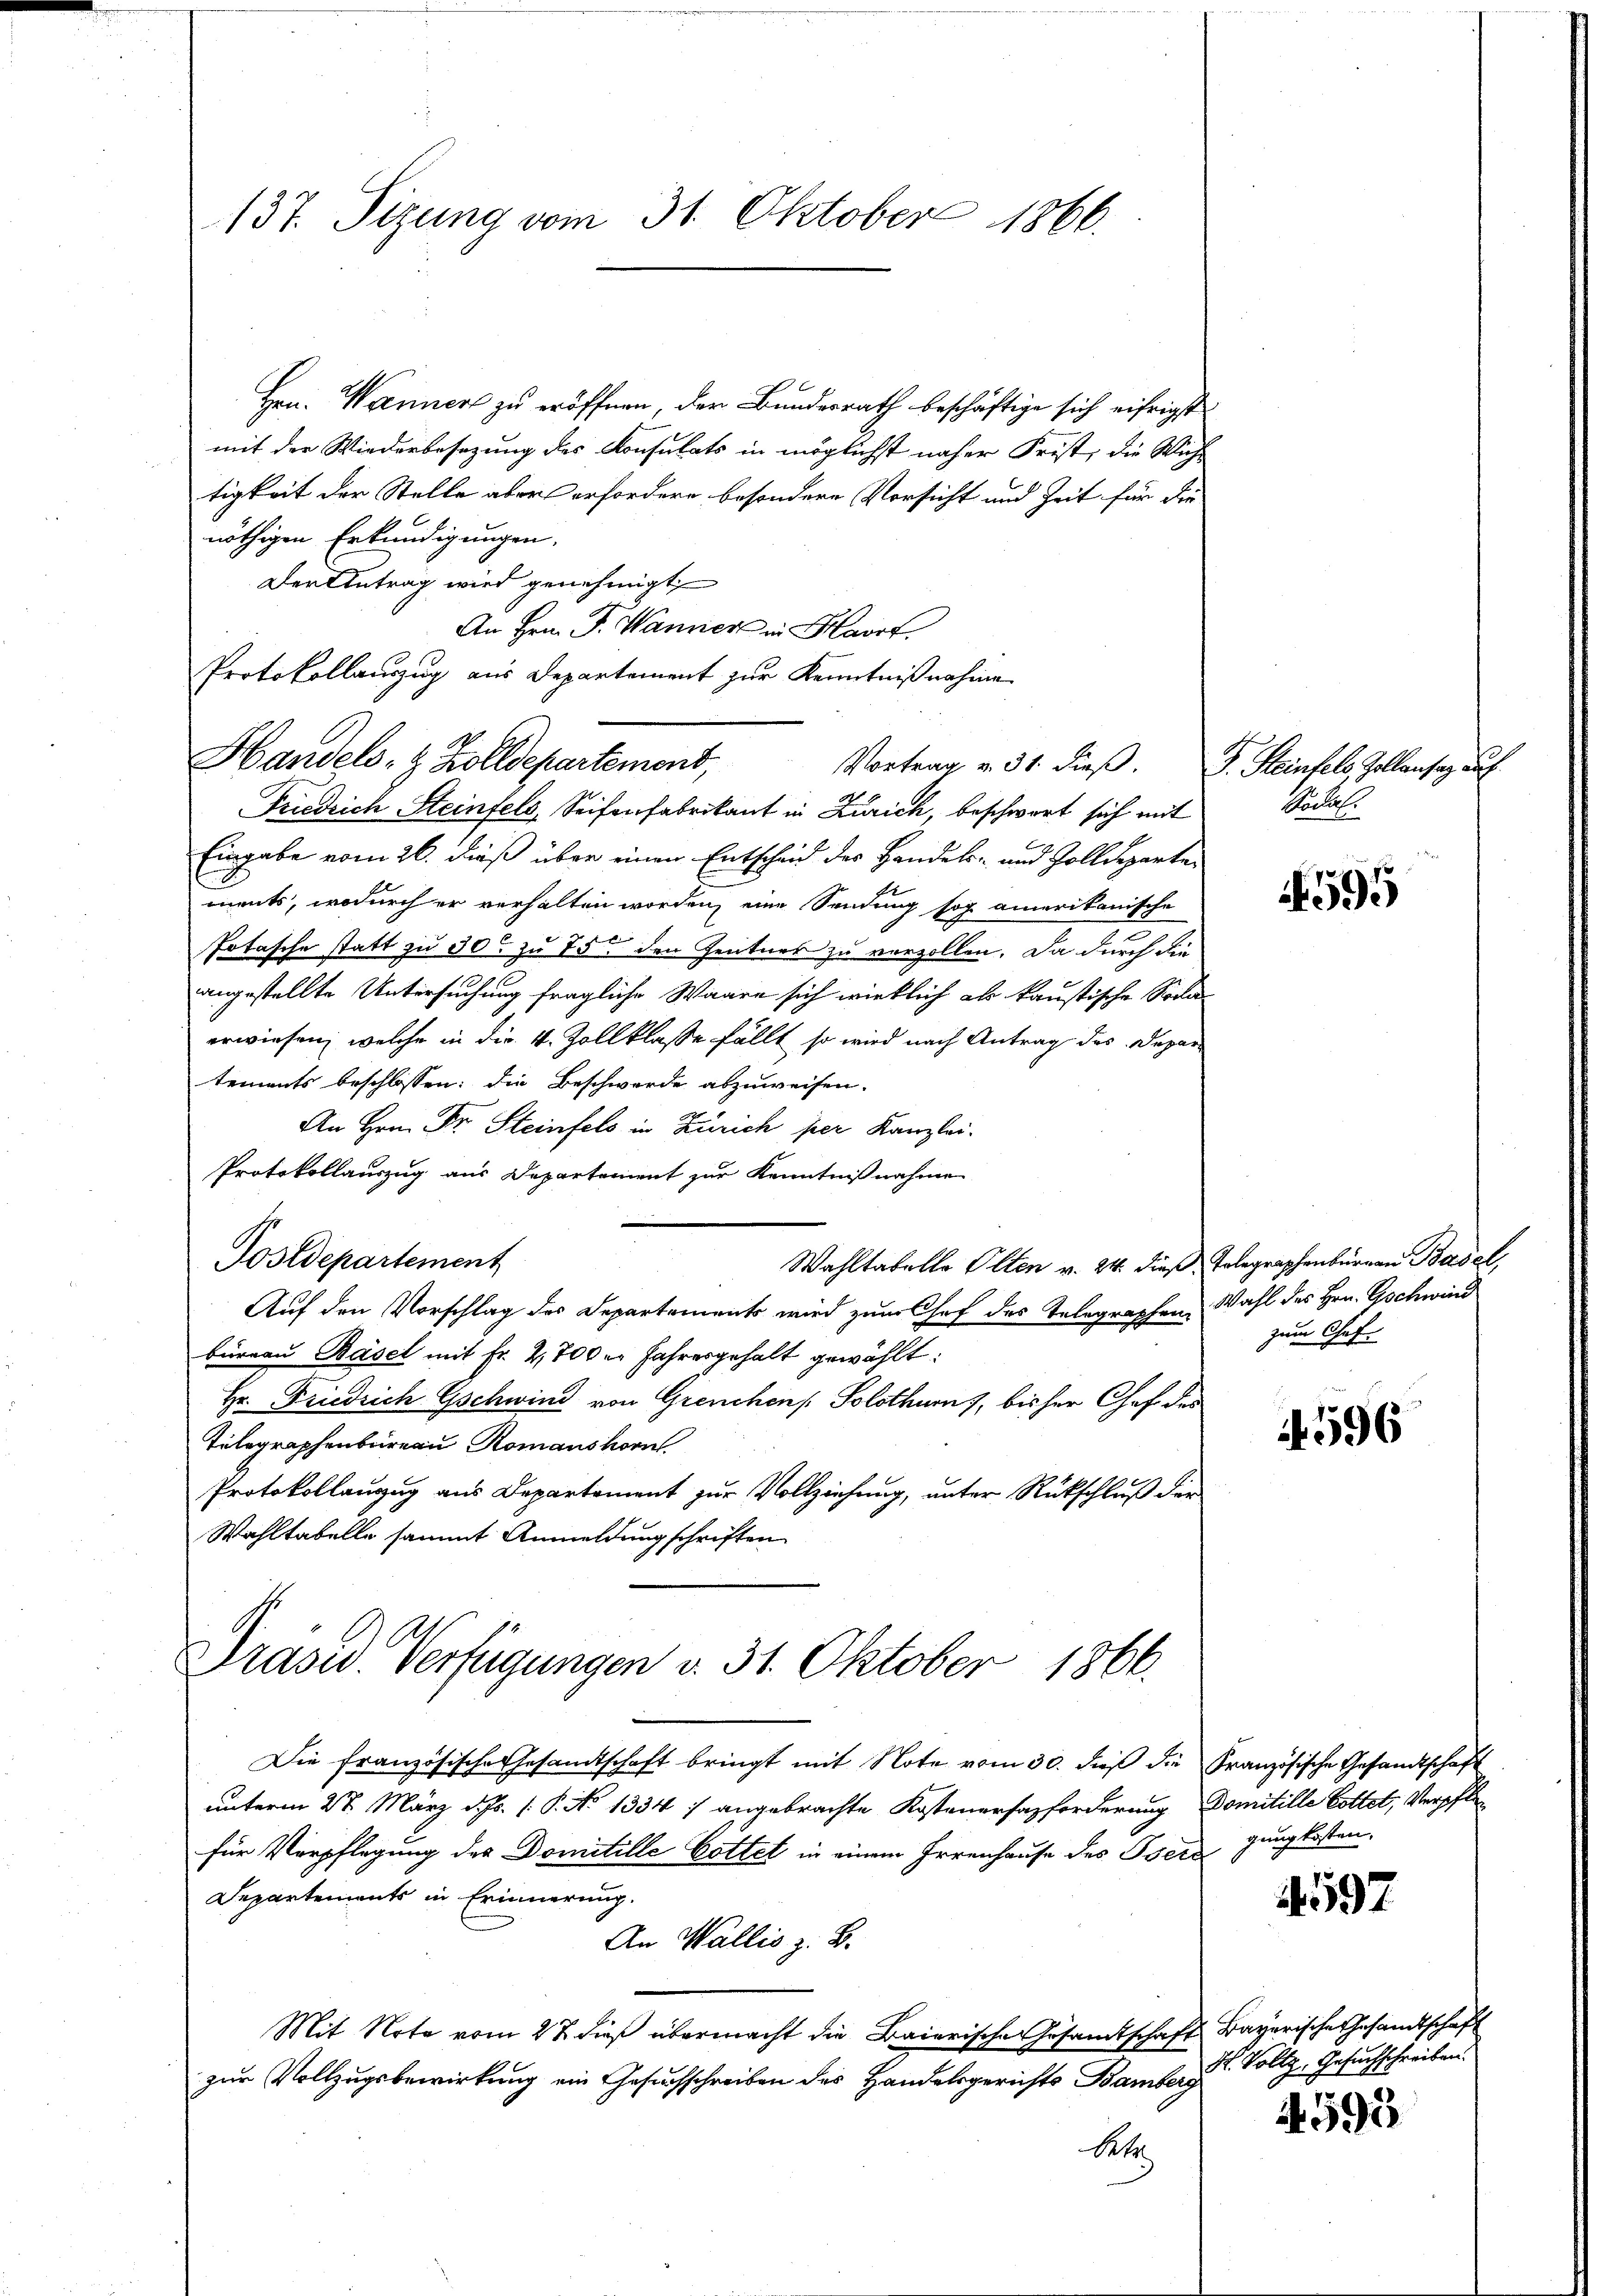
137. Sizung vom 31. Oktober 1866.

Hrn. Wanner zu eröffnen, der Bundesrath beschäftige sich eifrigst
mit der Wiederbesezung des Konsulats in möglichst näher Frist, die Wichtigkeit der Stelle abers erfordere besondere Vorsicht und Zeit für die
nöthigen Erkundigungen.
Der Antrag wird genehmigt
An Hrn. F. Wanner in Harf
Protokollauszug aus Departement zur Kenntnißnahme
Friedrich Steinfels, Seifenfabrikant in Zürich, beschwert sich mit
Eingabe vom 26. dieß über einen Entscheid der Handels- und Zolldeparte
ments, wodurch er verhalten worden, eine Sendung sog. amerikanische
Potasche statt zu 30 zu 75 den Zentner zu verzollen. Da durch die
angestellte Untersuchung fragliche Waare sich wirklich als kaustische Soda
erwiesen, welche in die 4. Zollklasse fällt, so wird nach Antrag des Depar
tements beschlossen: die Beschwerde abzuweisen.
An Hrn. Dr. Steinfels in Zürich per Kanzlei.
Protokollauszug aus Departement zur Kenntnißnahmen
Postdepartement
Wahltabelle Olten v. 24. dieß, Telegraphenburgen Basel,
Auf den Vorschlag des Departements wird zum Chef des Telegraphen Wahl des Hrn. Gschwind
büreau Basel mit Fr. 2,700 er Jahresgehalt gewählt:
Hr. Friedrich Gschwind von Grenchen Solothurn, bisher Chef des
Telegraphenbureau Romanshorn
Protokollanzug aus Departement zur Vollziehung, unter Rückschluß der
Wahltabelle sammt Anmeldung schriften
Präsid. Verfügungen v. 31. Oktober 1866.

Handels- & Zolldepartement,

Vortrag v. 31. dieβ. J. Steinfels Zollansaz auf

Die französische Gesandtschaft bringt mit Note vom 30. dieß die Französische Gesandtschaft
unterm 27. März d. Js. (: P. No 1334 7 angebrachte Kostenersazforderung Domitille Gottet, Verpflefür Verpflegung des Domitelle Gottet in einem Irrenhause des Oser gung kosten.
Departements in Erinnerung.
An Wallis z. B.
Mit Note vom 22. dieß übermacht die Baierische Gesandtschaft Bayerische Gesandtschaft
zur Vollzugsbewirkung ein Gesuchschreiben des Handelsgerichts Bamberg
Bet

Röckelt

1595

zum Chef.

596

4597

H. Vollz, Gesuchschreiben.

4595